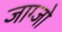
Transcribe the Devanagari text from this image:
जाग्जो